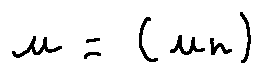
u = ( u _ { n } )